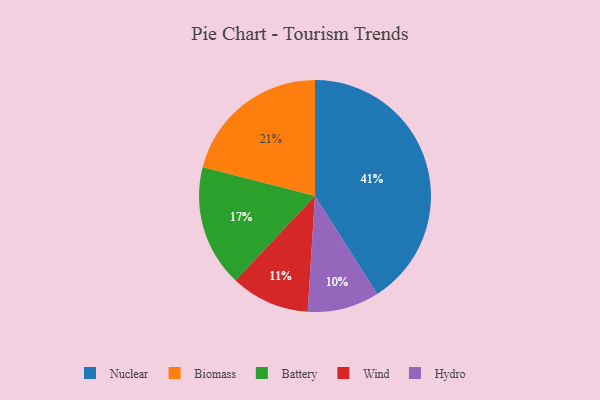
{"axis": {"x": "Category", "y": "Percentage"}, "legend": ["Battery", "Biomass", "Hydro", "Nuclear", "Wind"], "data": [{"x": "Hydro", "y": 10, "type": "Hydro"}, {"x": "Wind", "y": 11, "type": "Wind"}, {"x": "Battery", "y": 17, "type": "Battery"}, {"x": "Biomass", "y": 21, "type": "Biomass"}, {"x": "Nuclear", "y": 41, "type": "Nuclear"}]}